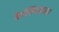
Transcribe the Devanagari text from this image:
कैल्सियममय